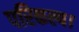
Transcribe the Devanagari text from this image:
परिकल्प।